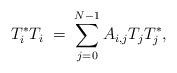
LaTeX: \begin{align*}T_i^{\ast}T_i\;=\;\sum_{j=0}^{N-1}A_{i,j}T_jT_j^{\ast},\end{align*}